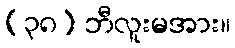
(၃၈) ဘီလူးမအား။